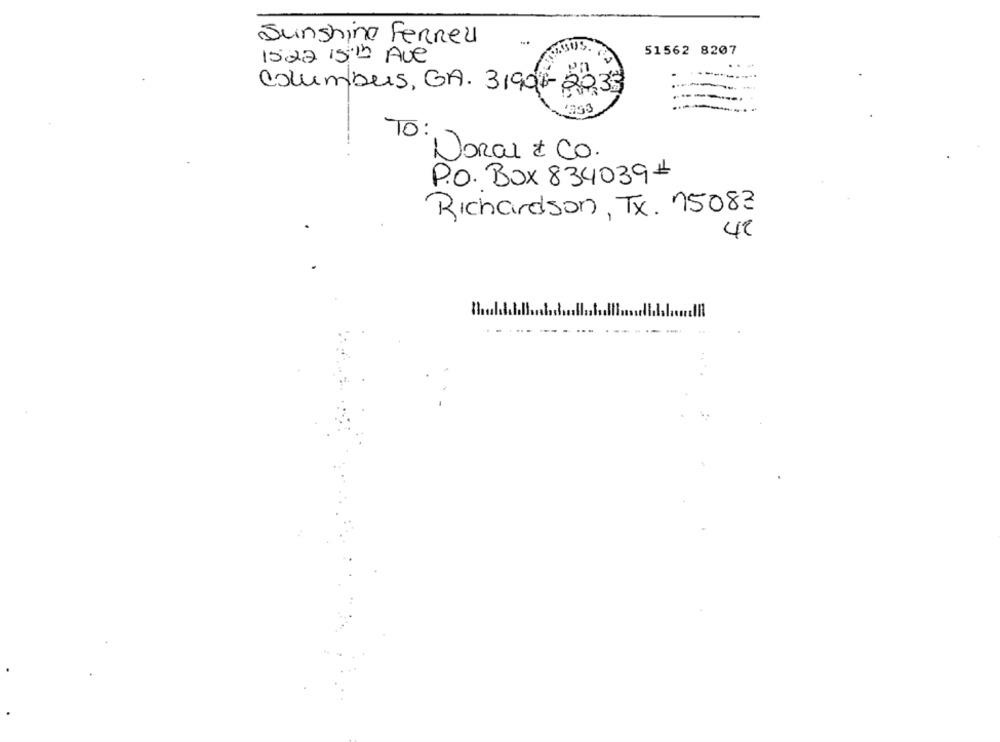
Sunshine Ferneu
51562 8207
1522 1510 Ave
Columbus, GA. 31901-2033
TO
Doral & Co.
P.O. BOX 8340391
Richardson, Tx. 75083
42